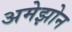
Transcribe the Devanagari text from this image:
अमेझोन